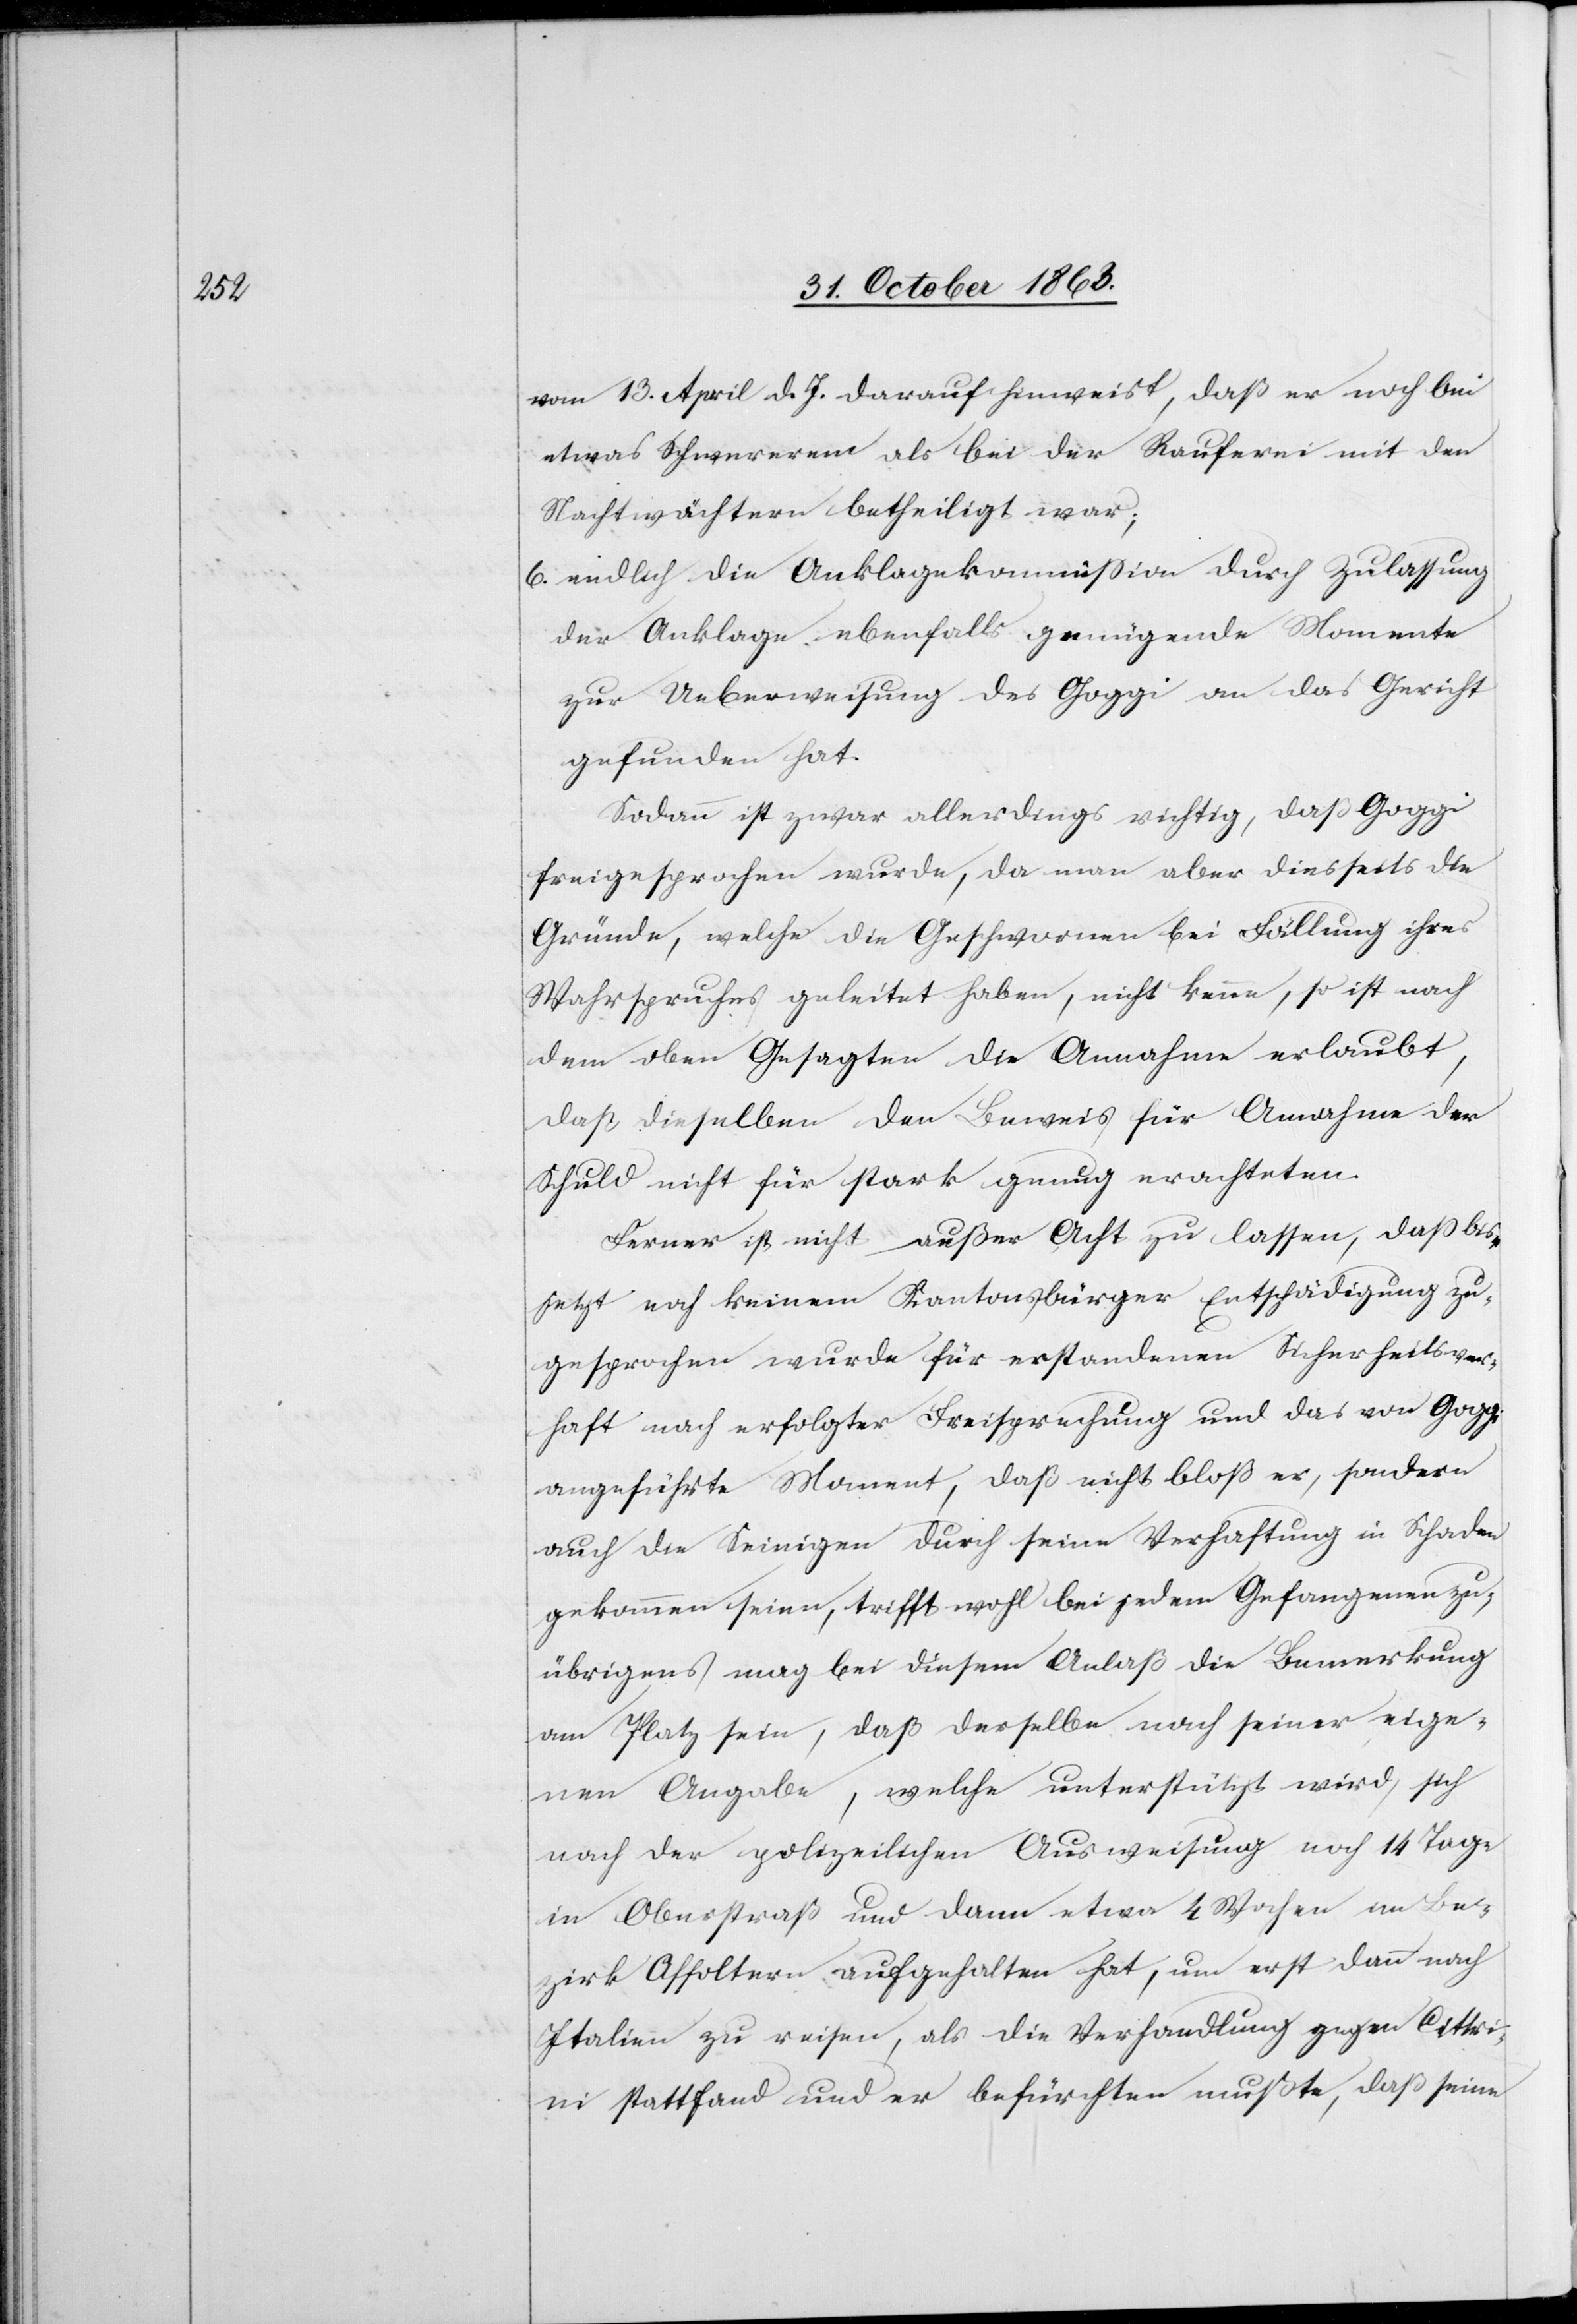
vom 13. April d. Js. darauf hinweist, daß er noch bei
etwas Schwererem als bei der Rauferei mit den
Nachtwächtern betheiligt war;
6. endlich die Anklagekommission durch Zulassung
der Anklage ebenfalls genügende Momente
zur Ueberweisung des Goggi an das Gericht
gefunden hat.
Sodann ist zwar allerdings richtig, daß Goggi
freigesprochen wurde, da man aber diesseits die
Gründe, welche die Geschwornen bei Fällung ihres
Wahrspruches geleitet haben, nicht kenne, so ist nach
dem oben Gesagten die Annahme erlaubt,
daß dieselben den Beweis für Annahme der
Schuld nicht für stark genug erachteten.
Ferner ist nicht außer Acht zu lassen, daß bis
jetzt noch keinem Kantonsbürger Entschädigung zu¬
gesprochen wurde für erstandenen Sicherheitsver¬
haft nach erfolgter Freisprechung und das von Goggi
angeführte Moment, daß nicht bloß er, sondern
auch die Seinigen durch seine Verhaftung in Schaden
gekommen seien, trifft wohl bei jedem Gefangenen zu;
übrigens mag bei diesem Anlaß die Bemerkung
am Platz sein, daß derselbe nach seiner eige¬
nen Angabe, welche unterstützt wird, sich
nach der polizeilichen Ausweisung noch 14 Tage
in Oberstraß und dann etwa 4 Wochen im Be¬
zirk Affoltern aufgehalten hat, um erst dann nach
Italien zu reisen, als die Verhandlung gegen Cittri¬
ni stattfand und er befürchten mußte, daß seine